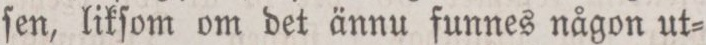
ſen, likſom om det ännu funnes någon ut=